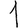
Digit: 1